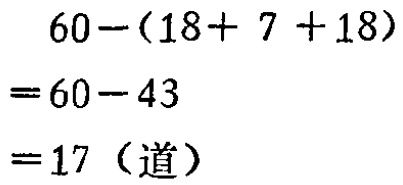
\[
\begin{align*}
&60-(18 + 7 + 18)\\
=&60 - 43\\
=&17（道）
\end{align*}
\]